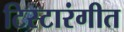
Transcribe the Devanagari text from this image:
टिस्टारंगीत